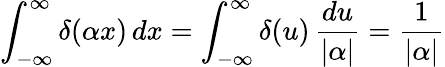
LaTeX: \int_{-\infty}^{\infty}\delta(\alpha x)\, dx=\int_{-\infty}^{\infty}\delta(u)\, {\frac{du}{|\alpha|}}={\frac{1}{|\alpha|}}